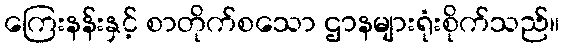
ကြေးနန်းနှင့် စာတိုက်စသော ဌာနများရုံးစိုက်သည်။